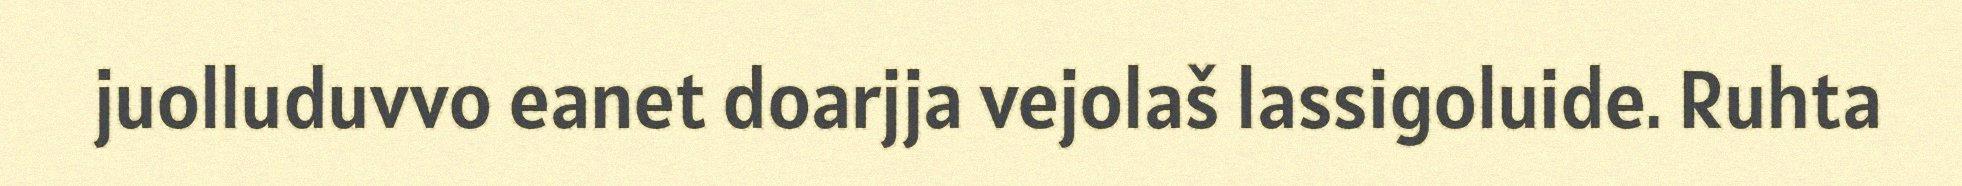
juolluduvvo eanet doarjja vejolaš lassigoluide. Ruhta